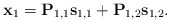
\begin{align*} \mathbf{x}_1=\mathbf{P}_{1,1}\mathbf{s}_{1,1}+\mathbf{P}_{1,2}\mathbf{s}_{1,2}.\end{align*}